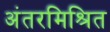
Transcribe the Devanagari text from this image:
अंतरमिश्रित